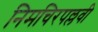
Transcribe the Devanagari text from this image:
निमचिरपल्लवी